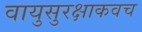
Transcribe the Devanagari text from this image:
वायुसुरक्षाकवच